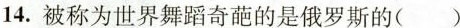
14. 被称为世界舞蹈奇葩的是俄罗斯的( )